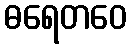
ဓရေတဝေ